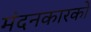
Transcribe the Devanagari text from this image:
मंदनकारकों